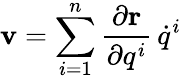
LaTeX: \displaystyle\mathbf{v}=\sum_{i=1}^{n}{\frac{\partial\mathbf{r}}{\partial q^{i}}}\, {\dot{q}}^{i}